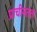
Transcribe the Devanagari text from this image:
प्राचीनतता